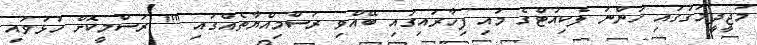
މަޖީދީމަގުގައި ހުންނަ ލެކިއުޓްގެ މައި ފިހާރައިގައި ބޭއްވި ރަސްމިއްޔާތެއްގައި "" ރަސްމީކޮށް ހުޅުވައި